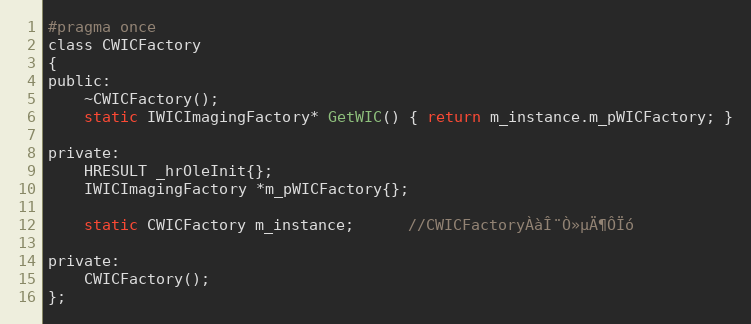
Language: C
#pragma once
class CWICFactory
{
public:
    ~CWICFactory();
    static IWICImagingFactory* GetWIC() { return m_instance.m_pWICFactory; }

private:
    HRESULT _hrOleInit{};
    IWICImagingFactory *m_pWICFactory{};

    static CWICFactory m_instance;      //CWICFactoryÀàÎ¨Ò»µÄ¶ÔÏó

private:
    CWICFactory();
};